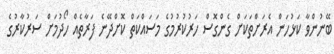
ބޭނުންވާ ކަޅުހަން އެރަށްތަކަށް ގެންގޮސް ހަރުކުރުމުގެ މަސައްކަތް ކޮށްދޭނެ ފަރާތެއް ހޯދުމަށް ސަރުކާރުގެ